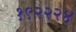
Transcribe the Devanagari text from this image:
१९२२२४